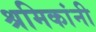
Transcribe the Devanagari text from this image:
श्रमिकांनी